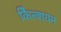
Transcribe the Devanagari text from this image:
कैिल्शयम